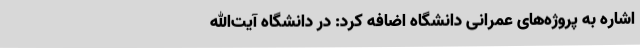
اشاره به پروژه‌های عمرانی دانشگاه اضافه کرد: در دانشگاه آیت‌الله‌